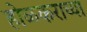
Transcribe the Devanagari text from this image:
होळकराच्या